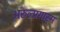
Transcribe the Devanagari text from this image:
अरुल्प्रगास्म